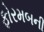
ફોરમબની